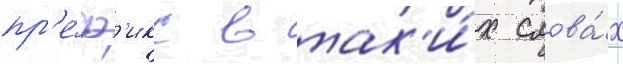
пр'е́ф'икс в так'и́х слова́х